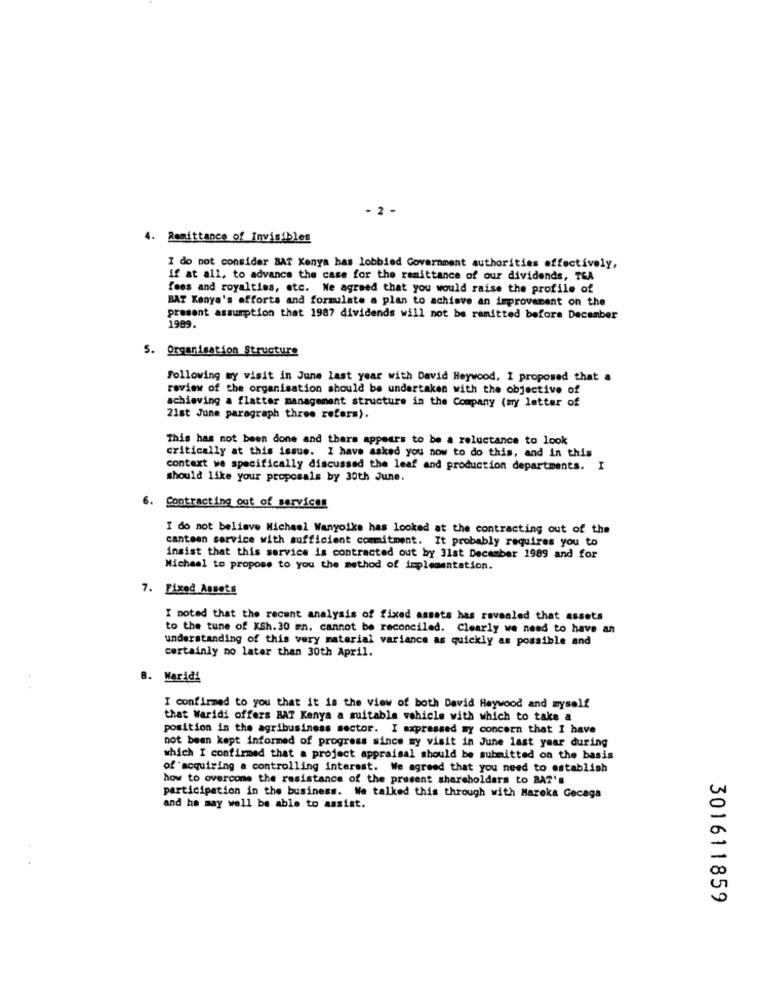
- 2 -
4.
Remittance of Invisibles
I do not consider BAT Kenya has lobbied Government authorities effectively,
If at all, to advance the case for the remittance of our dividends, TEA
fees and royalties, etc. We agreed that you would raise the profile of
BAT Kenya's efforts and formulate a plan to achieve an improvement on the
present assumption that 1987 dividends will not be remitted before December
1989.
5. Organisation Structure
Following wy visit in June last year with David Heywood, I proposed that a
review of the organisation should be undertaken with the objective of
achieving a flatter management structure in the Company (my letter of
21st June paragraph three refers).
This has not been done and there appears to be a reluctance to look
critically at this issue. I have asked you now to do this, and in this
context we specifically discussed the leaf and production departments. I
should like your proposals by 30th June.
6.
Contracting out of services
I do not believe Michael Wanyoike has looked at the contracting out of the
canteen service with sufficient commitment. It probably requires you to
insist that this service is contracted out by 31st December 1989 and for
Michael to propose to you the method of implementation.
7. Fixed Assets
I noted that the recent analysis of fixed assets has revealed that assets
to the tune of KSh.30 mn. cannot be reconciled. Clearly we need to have an
understanding of this very material variance as quickly as possible and
certainly no later than 30th April.
B. Waridi
I confirmed to you that it is the view of both David Heywood and myself
that Waridi offers BAT Kenya a suitable vehicle with which to take a
position in the agribusiness sector. I expressed my concern that I have
not been kept informed of progress since my visit in June last year during
which I confirmed that a project appraisal should be submitted on the basis
of acquiring a controlling interest. We agreed that you need to establish
how to overcome the resistance of the present shareholders to BAT's
participation in the business. We talked this through with Mareka Gecaga
and he may well be able to assist.
301611859